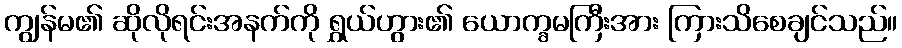
ကျွန်မ၏ ဆိုလိုရင်းအနက်ကို ရွှယ်ဟွား၏ ယောက္ခမကြီးအား ကြားသိစေချင်သည်။